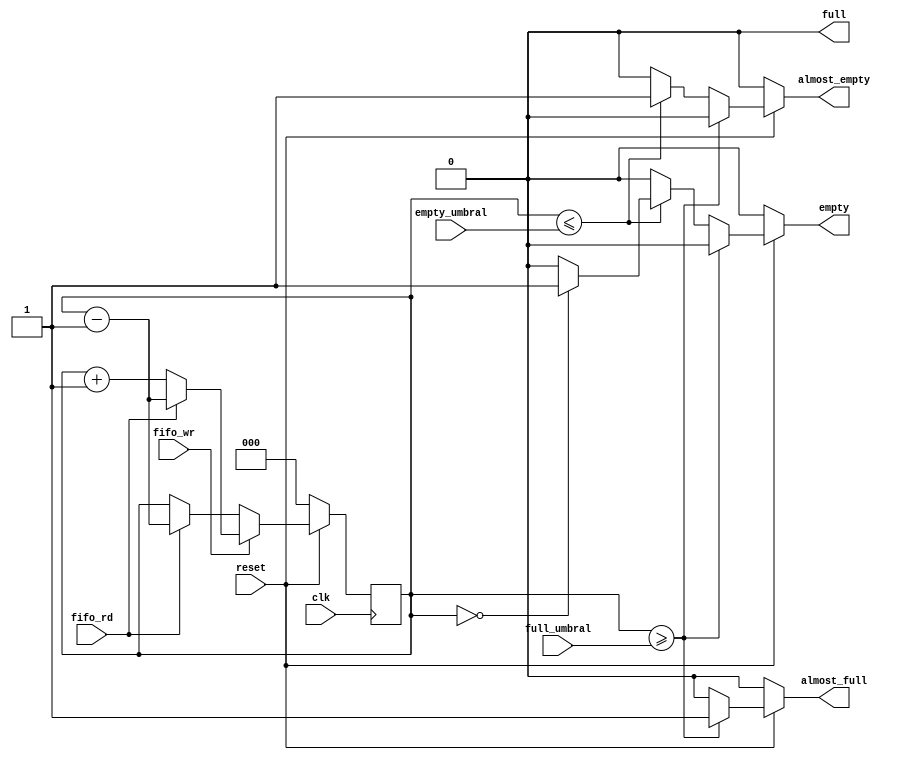
module control(
    input [2:0] full_umbral, empty_umbral,
    input clk, reset, fifo_wr, fifo_rd, 
    output reg almost_empty, almost_full, full, empty);

    reg [2:0] contador; 

    always @(posedge clk) begin
        if (reset == 0) begin
            contador <= 0;
        end
        else if (fifo_wr == 1) begin
            contador <= contador + 1;
            if (fifo_rd == 1) begin
                contador <= contador - 1;
            end
        end
        else if (fifo_wr == 0) begin
            if (fifo_rd == 1) begin
                contador <= contador - 1;
            end
        end
    end

    always @(*) begin
        full = 0; //Evitamos latches con valores default
        empty = 0;
        almost_full = 0;
        almost_empty = 0;
        if (reset == 0) begin
            full = 0;
            empty = 0;
            almost_full = 0;
            almost_empty = 0;
        end
        else if (contador >= full_umbral) begin
            almost_full = 1;
            if (contador == 8) begin
                full = 1;
            end
            else begin
                full = 0;
            end
        end
        else if (contador <= empty_umbral) begin
            almost_empty = 1;
            if (contador == 0) begin
                empty = 1;
            end
            else begin
                empty = 0;
            end
        end  
    end
endmodule